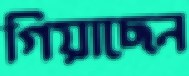
গিয়াছেন